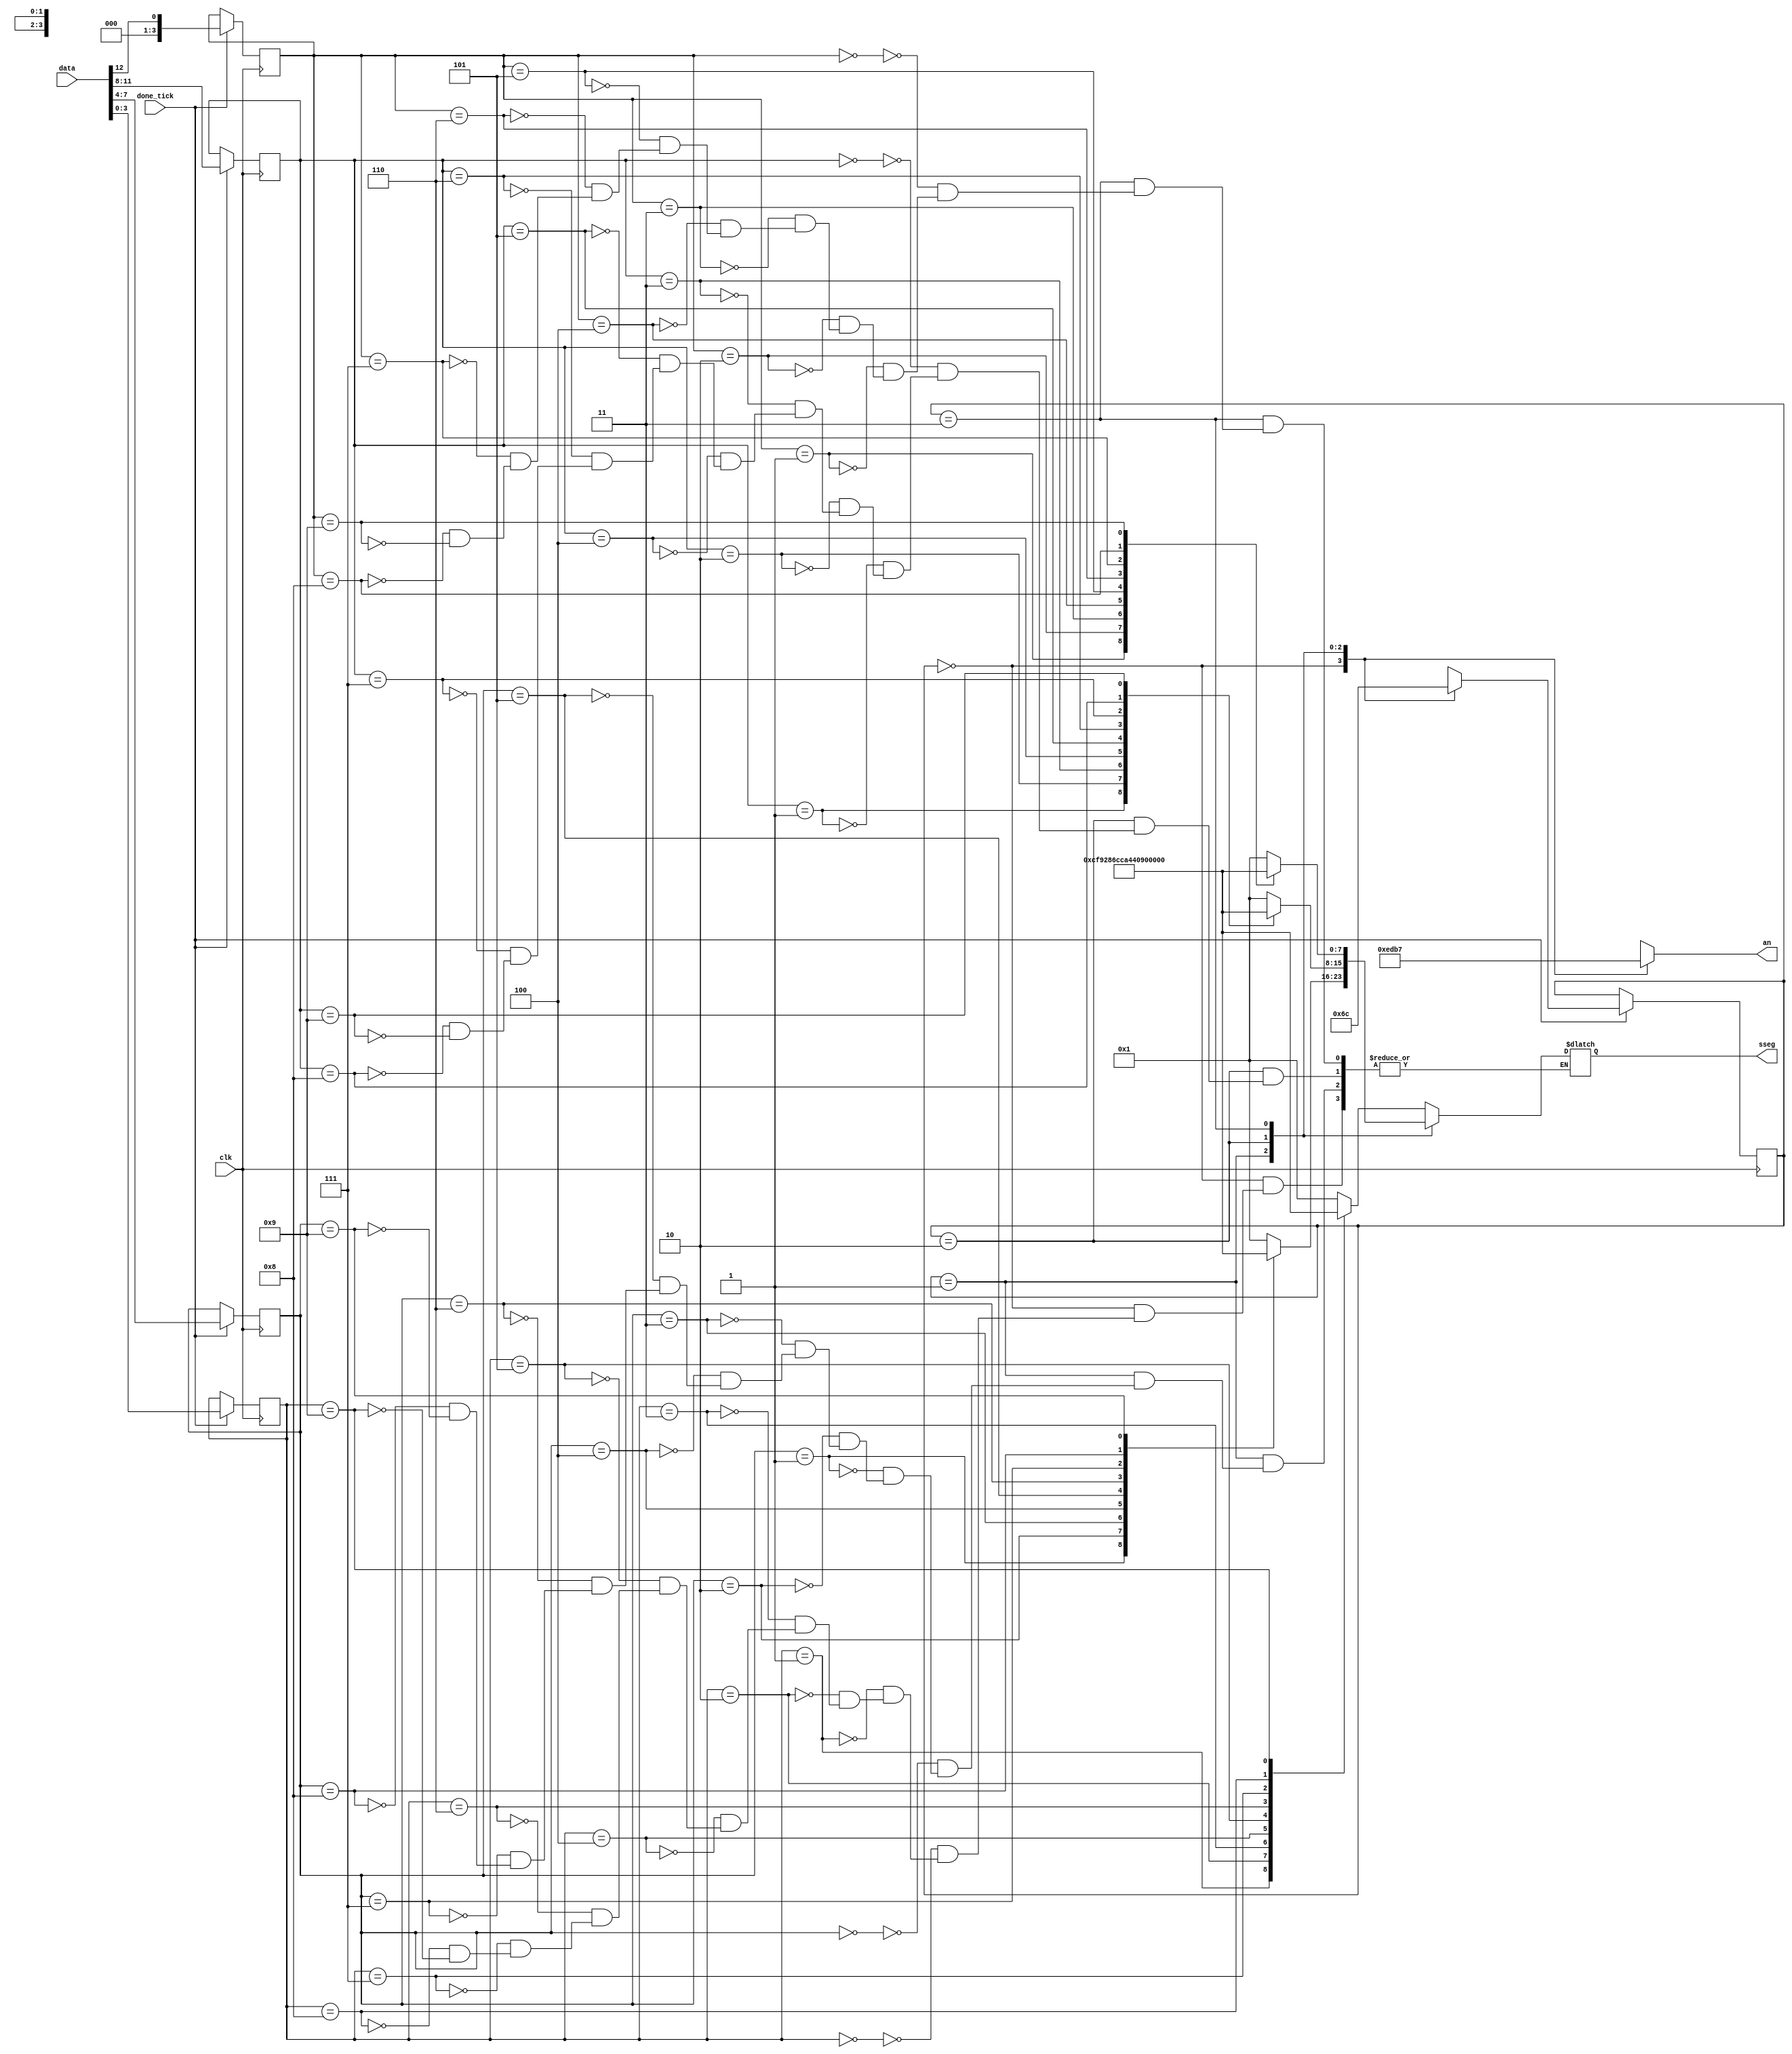
module display(
	 input wire clk, done_tick,
	 input wire [12:0] data,
	 output reg [7:0] sseg,
    output reg [3:0]an
    );

	localparam [7:0]	D_ZERO = 8'b100000001, //0
							D_ONE = 8'b11001111, //1
							D_TWO = 8'b10010010, //2
							D_THREE = 8'b10000110, //3
							D_FOUR = 8'b11001100, //4
							D_FIVE = 8'b10100100, //5
							D_SIX = 8'b101000000, //6
							D_SEVEN = 8'b10001111, //7
							D_EIGHT = 8'b10000000, //8
							D_NINE = 8'b10000100;//9
						//	DASH = 8'b10111111; //dash

	localparam [3:0] ZERO = 4'd0,
						  ONE = 4'd1,
						  TWO = 4'd2,
						  THREE = 4'd3,
						  FOUR = 4'd4,
						  FIVE = 4'd5,
						  SIX = 4'd6,
						  SEVEN = 4'd7,
						  EIGHT = 4'd8,
						  NINE = 4'd9;
						  
	localparam [3:0]	DISP_0 = 4'b1110,
							DISP_1 = 4'b1101,
							DISP_2 = 4'b1011,
							DISP_3 = 4'b0111,
							OFF    = 4'b1111;

	localparam [1:0]	ONES_DIGIT = 2'b00,
							TENS_DIGIT = 2'b01,
							HUND_DIGIT = 2'b10,
							THOU_DIGIT = 2'b11;

	//internal signals
	reg [3:0] ones, next_ones; 		//register for the ones digit
	reg [3:0] tens, next_tens; 		//register for the tens digit
	reg [3:0] hundreds, next_hun;	  //register for the hundreds digit
	reg [3:0] thousands, next_thou; //register for the thousands digit

	//reg [1:0] roll_count; Think about using this
	reg [1:0] current_state, next_state;

	//instantiate
	initial current_state = ONES_DIGIT;
	
	always @ (posedge clk) begin
		if(done_tick) begin
			ones <= data[3:0];
			tens <= data[7:4];
			hundreds <= data[11:8];
			thousands <= data[12];
			current_state <= next_state;
		end 
		//else
		//	current_state <= next_state;
	end	
		
	always @ (*) begin
		next_state = current_state;
		next_ones = ones;
		next_tens = tens;
		next_hun = hundreds;
		next_thou = thousands;
		
		case(current_state)
			ONES_DIGIT: begin
				an = DISP_0;
				next_state = TENS_DIGIT;
				case(ones)
					ZERO: sseg = D_ZERO;
					ONE: sseg = D_ONE;
					TWO: sseg = D_TWO;
					THREE: sseg = D_THREE;
					FOUR: sseg = D_FOUR;
					FIVE: sseg = D_FIVE;
					SIX: sseg = D_SIX;
					SEVEN: sseg = D_SEVEN;
					EIGHT: sseg = D_EIGHT;
					NINE: sseg = D_NINE;
				endcase
			end
			
			TENS_DIGIT: begin
				an = DISP_1;
				next_state = HUND_DIGIT;
				case(tens)
					ZERO: sseg = D_ZERO;
					ONE: sseg = D_ONE;
					TWO: sseg = D_TWO;
					THREE: sseg = D_THREE;
					FOUR: sseg = D_FOUR;
					FIVE: sseg = D_FIVE;
					SIX: sseg = D_SIX;
					SEVEN: sseg = D_SEVEN;
					EIGHT: sseg = D_EIGHT;
					NINE: sseg = D_NINE;
				endcase
			end
			
			HUND_DIGIT: begin
				an = DISP_2;
				next_state = THOU_DIGIT;
				case(hundreds)
					ZERO: sseg = D_ZERO;
					ONE: sseg = D_ONE;
					TWO: sseg = D_TWO;
					THREE: sseg = D_THREE;
					FOUR: sseg = D_FOUR;
					FIVE: sseg = D_FIVE;
					SIX: sseg = D_SIX;
					SEVEN: sseg = D_SEVEN;
					EIGHT: sseg = D_EIGHT;
					NINE: sseg = D_NINE;
				endcase
			end	
				
			THOU_DIGIT: begin
				an = DISP_3;
				next_state = ONES_DIGIT;
				case(thousands)
					ZERO: sseg = D_ZERO;
					ONE: sseg = D_ONE;
					TWO: sseg = D_TWO;
					THREE: sseg = D_THREE;
					FOUR: sseg = D_FOUR;
					FIVE: sseg = D_FIVE;
					SIX: sseg = D_SIX;
					SEVEN: sseg = D_SEVEN;
					EIGHT: sseg = D_EIGHT;
					NINE: sseg = D_NINE;
				endcase
			end
			default: begin
				next_state = ONES_DIGIT;
				next_ones = D_ZERO;
				next_tens = D_ZERO;
				next_hun = D_ZERO;
				next_thou = D_ZERO;
			end
		endcase
	end
	
endmodule